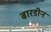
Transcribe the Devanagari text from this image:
बारडीन